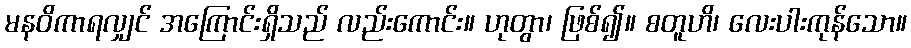
မနဝိကာရလျှင် အကြောင်းရှိသည် လည်းကောင်း။ ဟုတွာ၊ ဖြစ်၍။ စတူဟိ၊ လေးပါးကုန်သော။